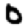
Digit: 0